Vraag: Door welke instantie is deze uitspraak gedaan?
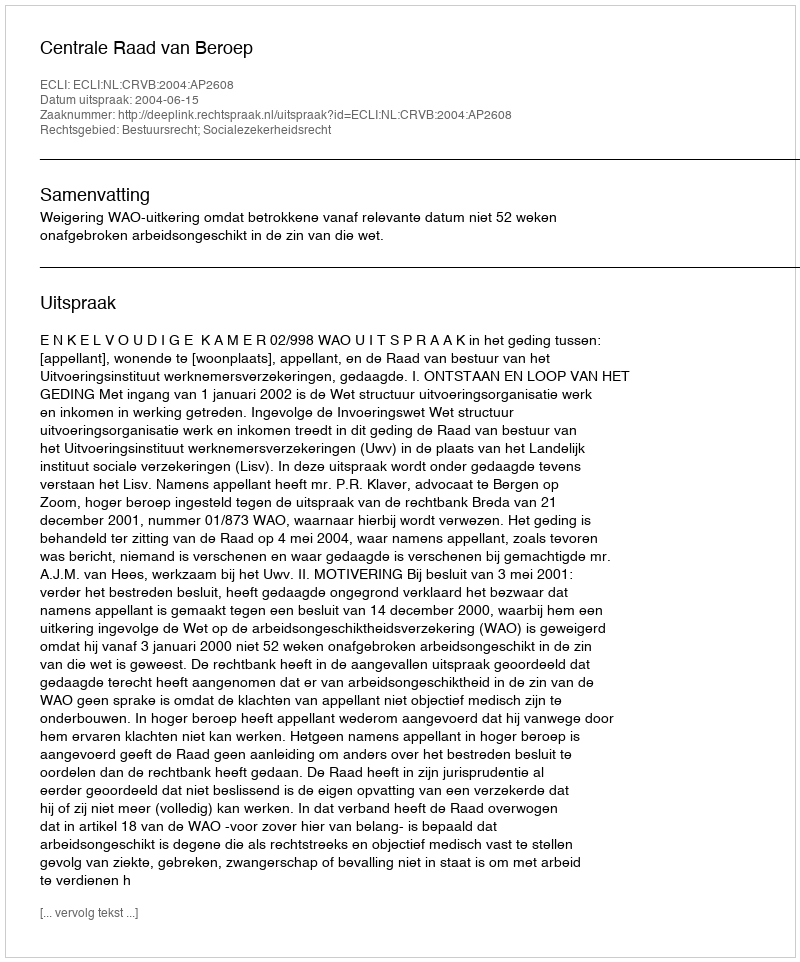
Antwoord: Centrale Raad van Beroep